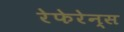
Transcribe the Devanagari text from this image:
रेफेरेन्‍स